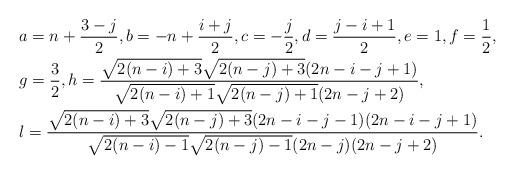
LaTeX: \begin{align*} &a=n+\frac{3-j}{2},b= -n+\frac{i+j}{2},c=-\frac{j}{2},d=\frac{j-i+1}{2},e=1,f=\frac{1}{2},\\ &g=\frac{3}{2}, h=\frac{\sqrt{2(n-i)+3}\sqrt{2(n-j)+3}(2n-i-j+1)}{\sqrt{2(n-i)+1}\sqrt{2(n-j)+1}(2n-j+2)},\\&l=\frac{\sqrt{2(n-i)+3}\sqrt{2(n-j)+3}(2n-i-j-1)(2n-i-j+1)}{\sqrt{2(n-i)-1}\sqrt{2(n-j)-1}(2n-j)(2n-j+2)}.\end{align*}